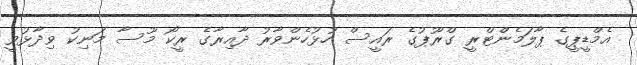
އެމްޑީޕީގެ ޕާލަމެންޓްރީ ގްރޫޕުގެ ރައީސް ހުޅުހެންވާރު ދާއިރާގެ ރީކޯ މޫސާ މަނިކު ވިދާޅުވީ